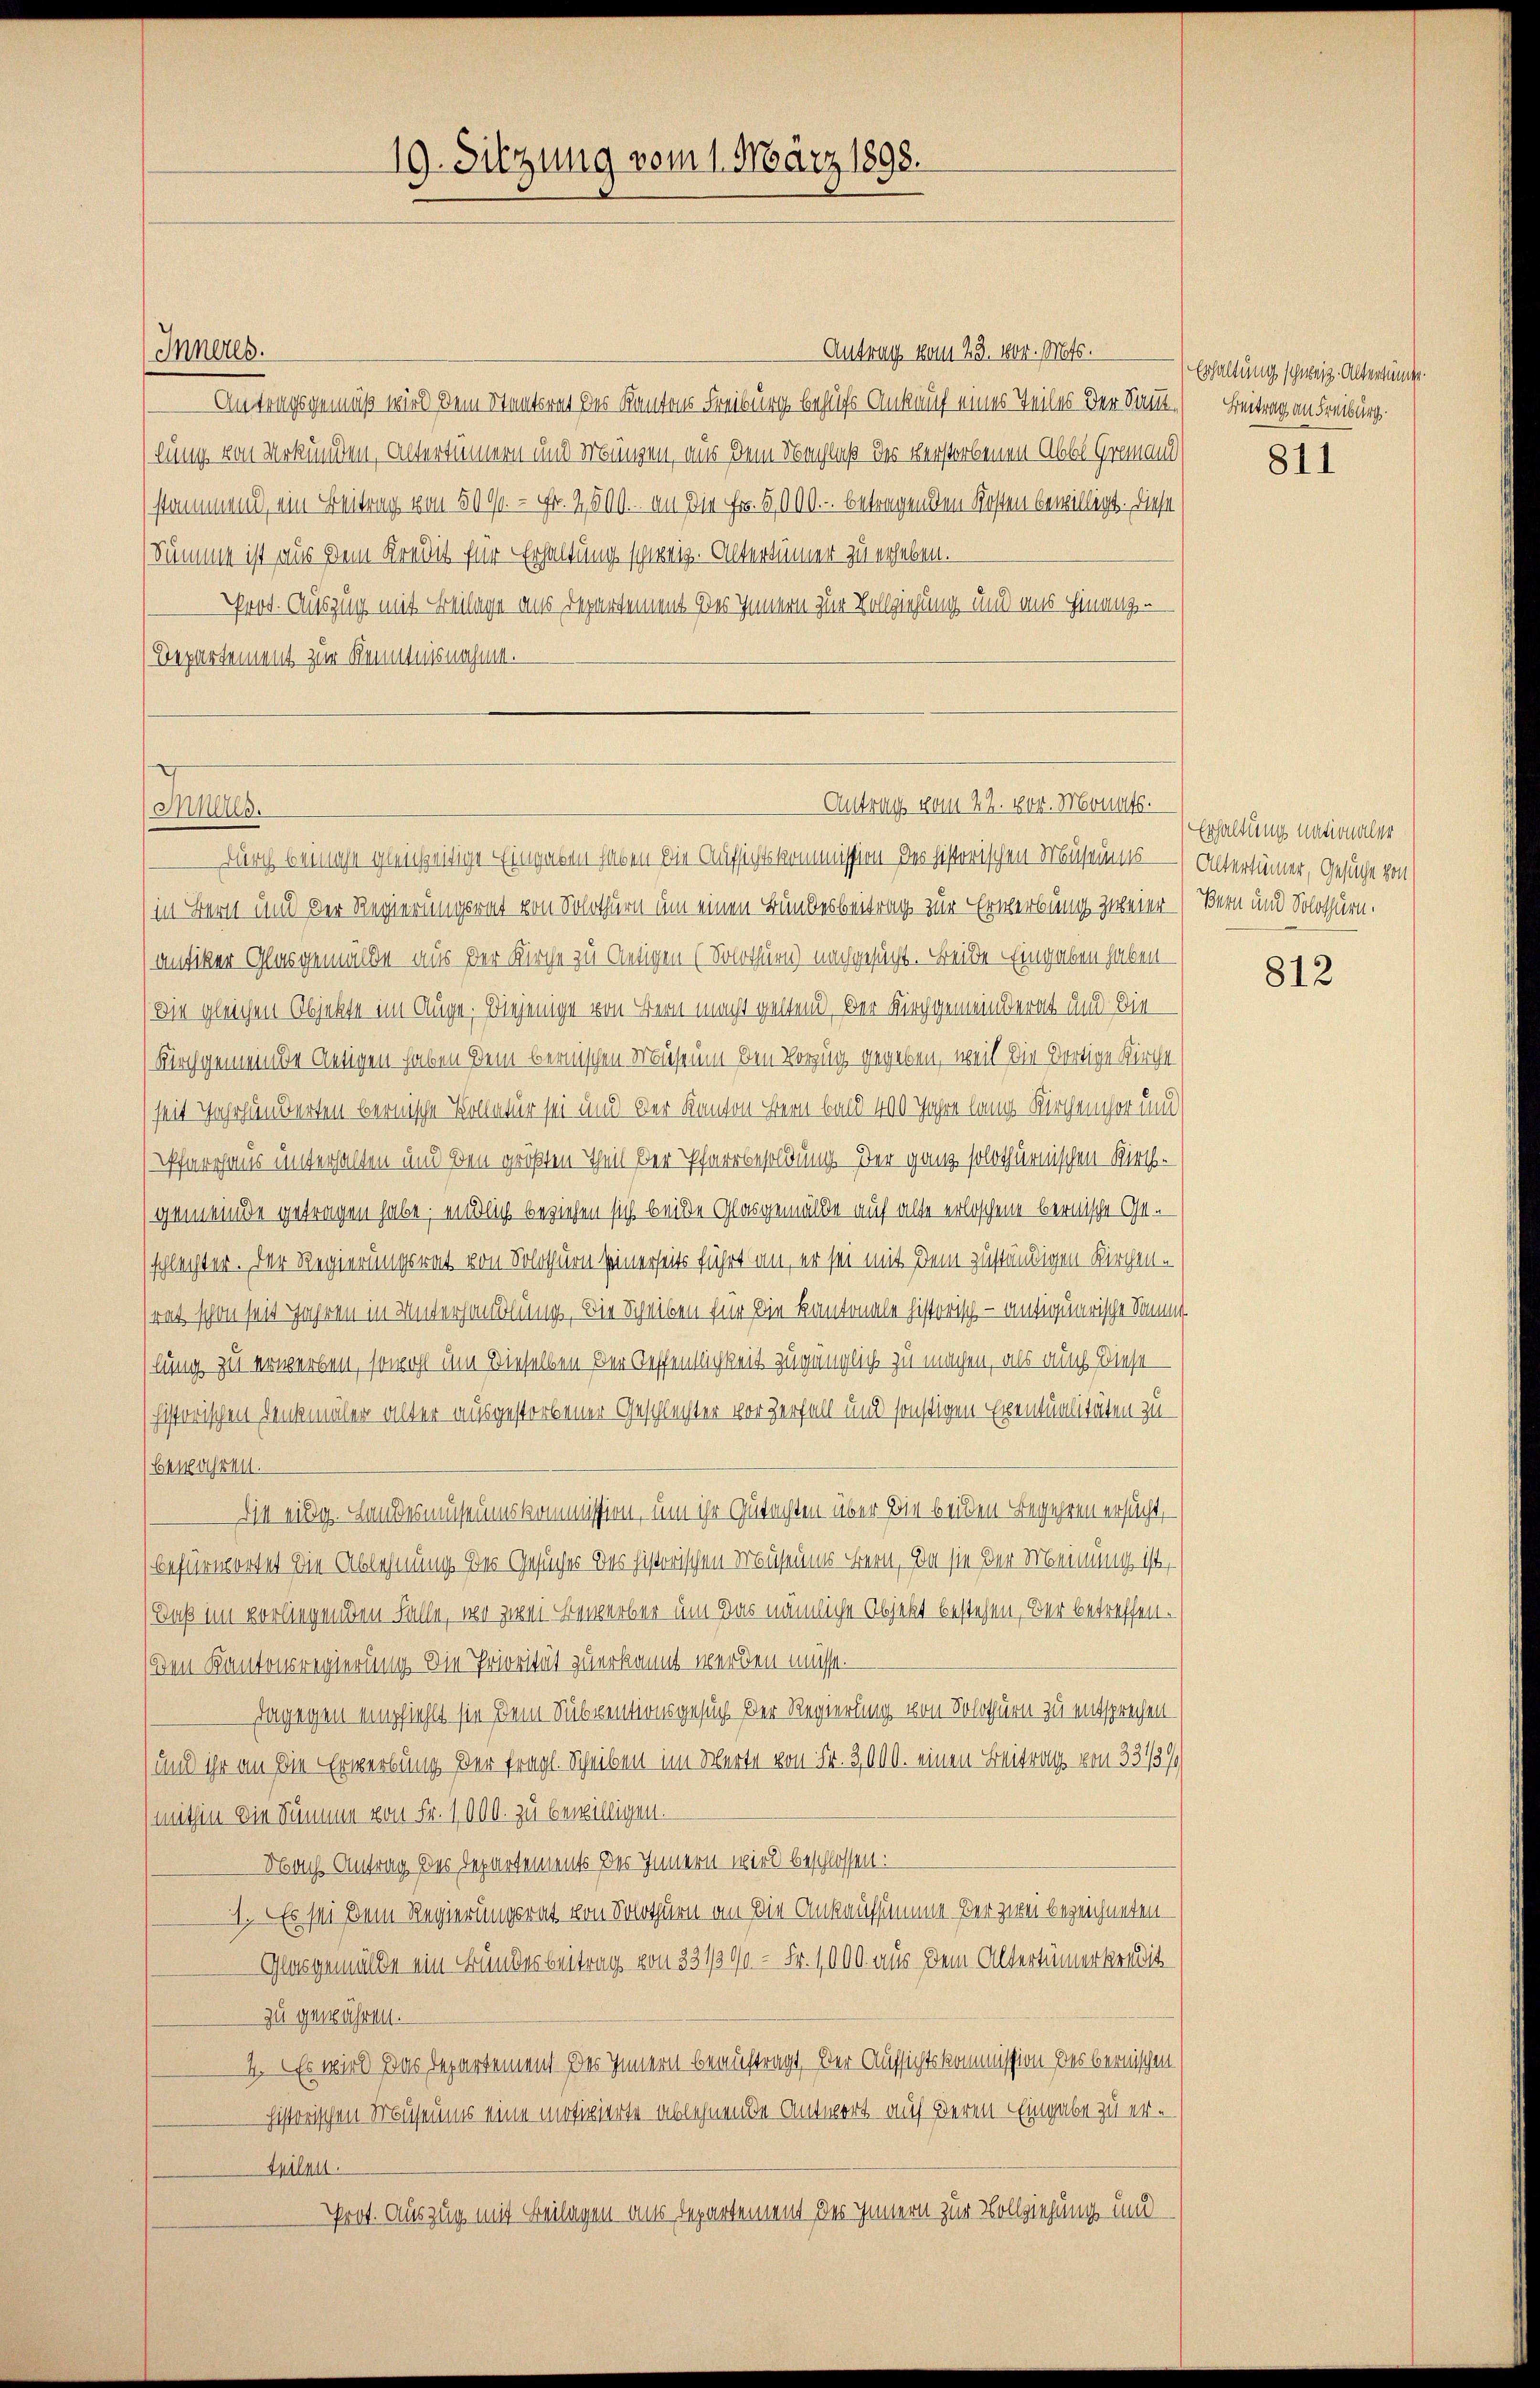
Inans

19. Sitzung vom 1. März 1898.

Antrag vom 23. 1804. Mts.
Inneres.
 Antragsgemäß wird dem Staatsrat des Kantons Freiburg behufs Ankauf eines Teiles der Sanlung von Urkunden, untertümern und Münzen, aus dem Nachluß des verstorbenen Abkl. Gremand
stammend, ein Beitrag von 500fr. - Fr. 2500. an die Fr. 5000.- betragenden Kosten bewilligt. Diese
Summe ist aus dem Kredit für Erhaltung schweiz. Altertümer zu erheben.
Prot. Auszug mit Beilage aus Departement des Innern zur Vollziehung und uns hinanz-
Departement zur Kenntnisnahme.
 Durch beinahe gleichzeitige Eingaben haben die Aufsichtskommission des historischen Museums¬
(in Bern und der Regierungsrat von Solothurn um einen Bundesbeitrag zur Erwerbung zweier (Bern und Solothurn.
(antiker Glasgemülle aus der Kirche zu Antigen (Solothurn) nachgesucht. Freide Eingaben haben –
(die gleichen Objekte im Auge. Diejenige von Bern macht geltend, der Kirchgemeinderat und die
Kirchgemeinde Antigen haben dem bernischen Mueseum den Vorzug gegeben, weil die dortige Kirche
seit Jahrhunderten bernische Vollatur sei und der Kanton Bern bald 400 Jahre lang Kirchencher und
Pfarrhaus unterhalten und den größten Theil bei Pfarrbesoldung. Der ganz solothurnischen Riethgemeinde getragen habe; endlich beziehen sich beide Glasgemälde auf alte erloschene bernische Ge-
(schlechter. Der Regierungsrat von Solothurn seinerseits führt an, er sei mit dem zuständigen Kirchene
rat schon seit Jahren in Unterhandlung, die Scheiben für die Kantonale historisch - antiquarische Sammt
lung zu erwerben, sowohl um Dieselben der Neffentlichkeit zugänglich zu machen, als auch diese
historischen Denkmäler alter ausgestorbener Geschlechter vor zerfall und sonstigen Eventualitäten zu
bewahren.
Die einig. Landesmuseumskommission, um ihr Gutachten über die beiden Begehren ersucht,
befürwortet die Ablehnung des Gesuches des historischen Museums Bern, da sie der Meinung ist,
(Daß im vorliegenden Falle, wo zwei Bewerber um das nämliche Objekt bestehen, der betreffen¬
(den Kantonsregierung die Priorität zu erkannt werden müsse.
dagegen empfiehlt sie dem Subventionsgesuch der Regierung von Solothurn zu entsprechen.
(und ihr an die Erwerbung der fragl. Scheiben im Werte von Fr. 3000. einen Beitrag von 3313/
(mithin die Summe von Fr. 1000. zu bewilligen.
Nach Antrag des Departements des Innern wird beschlossen:
1. Es sei dem Regierungsrat von Solothurn an die Ankaufsumme der zwei bezeichneten
Glasgemülle ein Bundesbeitrag von 331/30/0 - Fr. 1000 aus dem Altertümerkredit
zu gewähren.
4. Es wird das Departement des Innern beauftragt. Der Aufsichtskommission des bernischen
historischen Museums eine motivierte ablehnende Antwort auf deren Eingabe zu er¬
Spilau.
Prot. Auszug mit Beilagen aus Departement des Innern zur Vollziehung und

Antrag vom 22. 404. Monats.

Erhaltung schweiz. Altertümer.
Beitrag an Freiburg

811

Erhaltung nationaler
Altertümer, Gesuche von

812